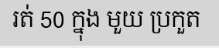
រត់ 50 ក្នុង មួយ ប្រកួត